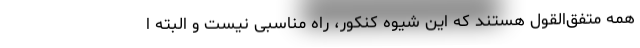
همه متفق‌القول هستند که این شیوه کنکور، راه مناسبی نیست و البته ا